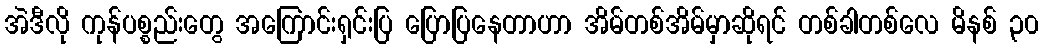
အဲဒီလို ကုန်ပစ္စည်းတွေ အကြောင်းရှင်းပြ ပြောပြနေတာဟာ အိမ်တစ်အိမ်မှာဆိုရင် တစ်ခါတစ်လေ မိနစ် ၃၀